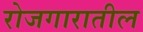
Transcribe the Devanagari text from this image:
रोजगारातील